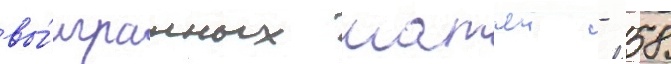
вы́игранных матчеи - 58